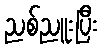
ညစ်ညူးပြီး